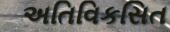
અતિવિકસિત